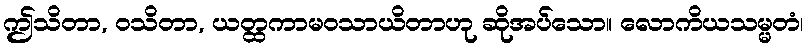
ဤသိတာ, ဝသိတာ, ယတ္ထကာမဝသာယိတာဟု ဆိုအပ်သော။ လောကိယသမ္မတံ၊